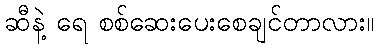
ဆီနဲ့ ရေ စစ်ဆေးပေးစေချင်တာလား။